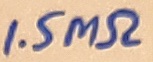
Text: 1.5MΩ